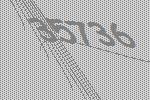
35736